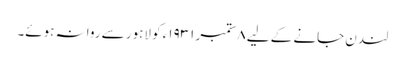
لندن جانے کے لیے ٨ ستمبر ١٩٣١ء کو لاہور سے روانہ ہوئے۔